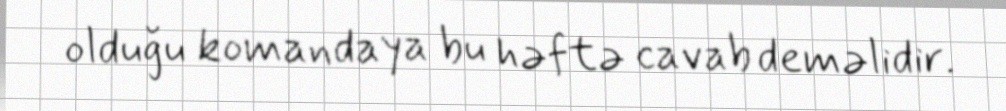
olduğu komandaya bu həftə cavab deməlidir.